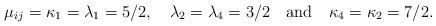
LaTeX: \begin{align*}\mu _{ij}=\kappa _{1}=\lambda _{1}=5/2,\quad \lambda _{2}=\lambda_{4}=3/2\quad \mathrm{and\quad }\kappa _{4}=\kappa _{2}=7/2.\end{align*}